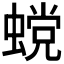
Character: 𰳏